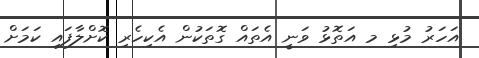
އަހަރު މުޅި މ އަތޮޅު ވަނީ އެތައް ގޮތަކުން އެކިހެރި ކޮށްލާފައި ކަމަށް